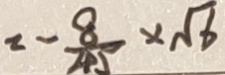
= - \frac { 8 } { 4 5 } \times \sqrt { 6 }